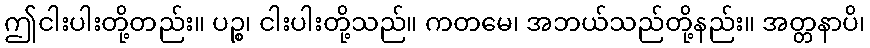
ဤငါးပါးတို့တည်း။ ပဉ္စ၊ ငါးပါးတို့သည်။ ကတမေ၊ အဘယ်သည်တို့နည်း။ အတ္တနာပိ၊